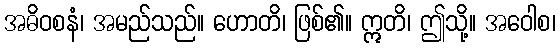
အဓိဝစနံ၊ အမည်သည်။ ဟောတိ၊ ဖြစ်၏။ ဣတိ၊ ဤသို့။ အဝေါစ၊